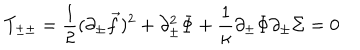
T _ { \pm \pm } = { \frac { 1 } { 2 } } ( \partial _ { \pm } { \vec { f } } ) ^ { 2 } + \partial _ { \pm } ^ { 2 } \Phi + { \frac { 1 } { \kappa } } \partial _ { \pm } \Phi \partial _ { \pm } \Sigma = 0